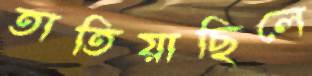
তাতিয়াছিলে